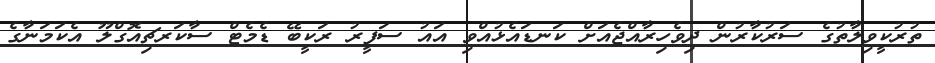
ތުރުކީވިލާތުގެ ސަރުކާރުން ދިވެހިރާއްޖެއަށް ކަނޑައެޅުއްވި އައު ސަފީރު ރަކީބޭ ޑެމެޓް ސާކަރޗިއޮގްލޫ އެކަމަނާގެ